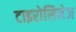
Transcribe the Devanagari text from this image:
टाइरोसिनेज